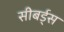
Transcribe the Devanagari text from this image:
सीबर्ड्स